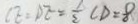
C E = D E = \frac { 1 } { 2 } C D = 8